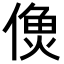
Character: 𩵑